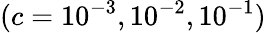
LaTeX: (c=10^{-3},10^{-2},10^{-1})